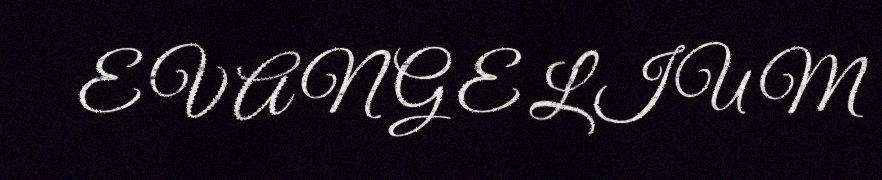
E V A N G E L I U M